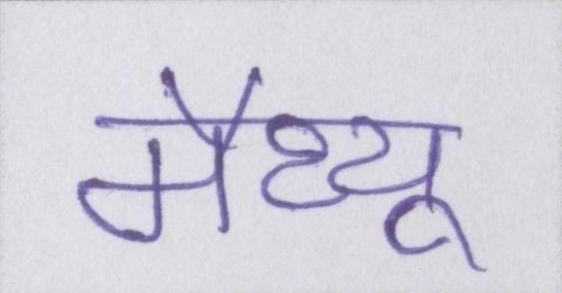
मैथ्यू